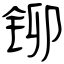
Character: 铆